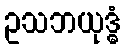
ဥသဘယုဒ္ဓံ